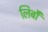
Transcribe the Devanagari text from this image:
लिबौ